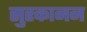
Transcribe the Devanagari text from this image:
सुरकानन